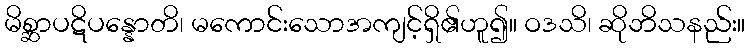
မိစ္ဆာပဋိပန္နောတိ၊ မကောင်းသောအကျင့်ရှိ၏ဟူ၍။ ဝဒသိ၊ ဆိုဘိသနည်း။